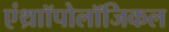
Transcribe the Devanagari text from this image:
एंथ्राॉपोलॉजिकल